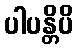
ပါပန္တိပိ